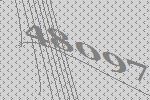
48097